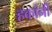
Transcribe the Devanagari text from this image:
हकांनी